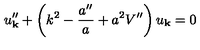
u _ { \bf k } ^ { \prime \prime } + \left( k ^ { 2 } - \frac { a ^ { \prime \prime } } { a } + a ^ { 2 } V ^ { \prime \prime } \right) u _ { \bf k } = 0